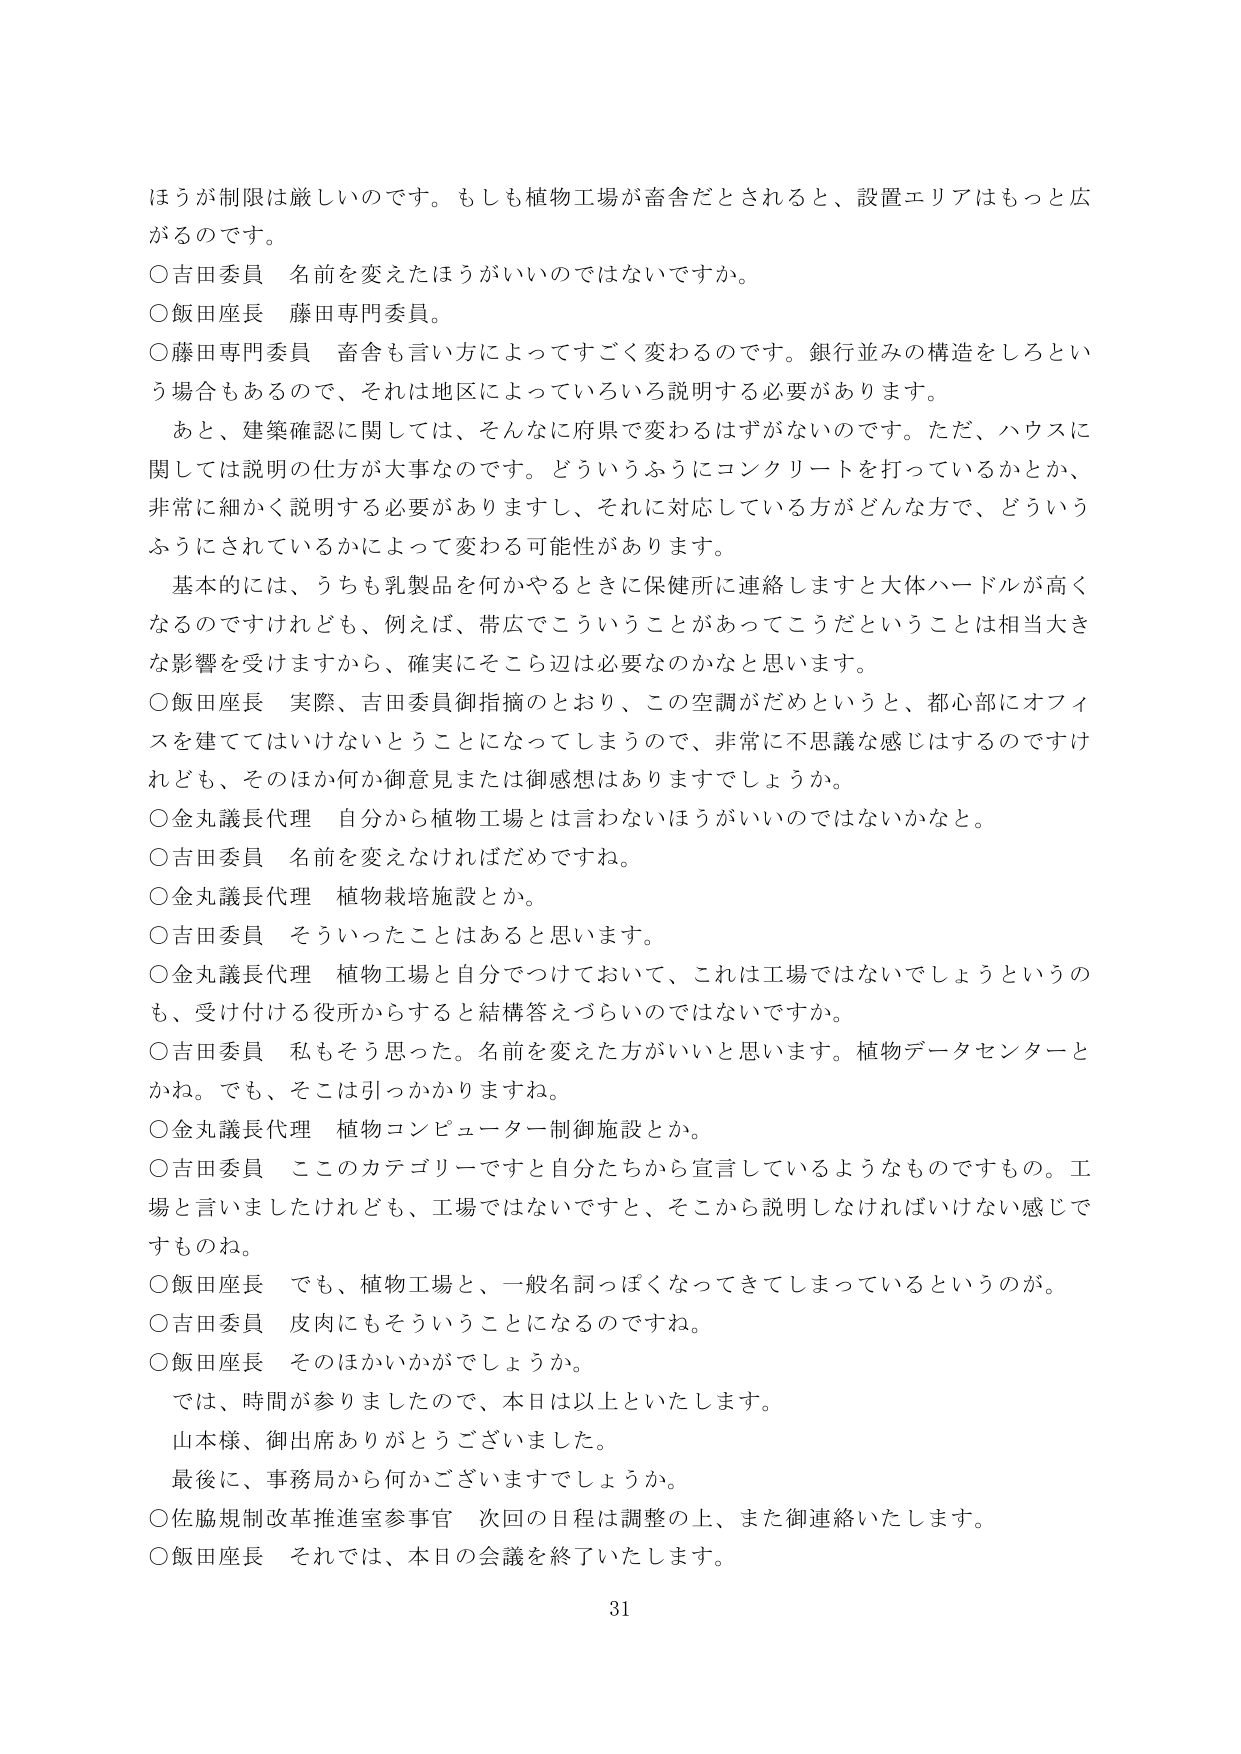
ほうが制限は厳しいのです。もしも植物工場が畜舎だとされると、設置エリアはもっと広がるのです。

○吉田委員 名前を変えたほうがいいのではないでしょうか。

○飯田座長 藤田専門委員。

○藤田専門委員 畜舎も言い方によってすごく変わるのです。銀行並みの構造をしろという場合もあるので、それは地区によっていろいろ説明する必要があります。

あと、建築確認に関しては、そんなに府県で変わるはずがないのです。ただ、ハウスに関しては説明の仕方が大事なのです。どういうふうにコンクリートを打っているかとか、非常に細かく説明する必要がありますし、それに対応している方がどんな方で、どういうふうにされているかによって変わる可能性があります。

基本的には、うちも乳製品を何かやるときに保健所に連絡しますと大体ハードルが高くなるのですけれども、例えば、帯広でこういうことがあってこうだということは相当大きな影響を受けますから、確実にそこら辺は必要なのかなと思います。

○飯田座長 実際、吉田委員御指摘のとおり、この空調がだめというと、都心部にオフィスを建ててはいけないということになってしまうので、非常に不思議な感じはするのですけれども、そのほか何か御意見または御感想はありますでしょうか。

○金丸議長代理 自分から植物工場とは言わないほうがいいのではないでしょうか。

○吉田委員 名前を変えなければだめですね。

○金丸議長代理 植物栽培施設とか。

○吉田委員 そういったことはあると思います。

○金丸議長代理 植物工場と自分でつけておいて、これは工場ではないでしょうというのも、受け付ける役所からすると結構答えづらいのではないでしょうか。

○吉田委員 私もそう思った。名前を変えた方がいいと思います。植物データセンターとかね。でも、そこは引っかかりますね。

○金丸議長代理 植物コンピューター制御施設とか。

○吉田委員 このカテゴリーですと自分たちから宣言しているようなものですもの。工場と言いましたけれども、工場ではないですと、そこから説明しなければいけない感じですものね。

○飯田座長 でも、植物工場と、一般名詞っぽくなってきてしまっているというのが。

○吉田委員 皮肉にもそういうことになるのですね。

○飯田座長 そのほかいかがでしょうか。

では、時間が参りましたので、本日は以上といたします。

山本様、御出席ありがとうございました。

最後に、事務局から何かございますでしょうか。

○佐脇規制改革推進室参事官 次回の日程は調整の上、また御連絡いたします。

○飯田座長 それでは、本日の会議を終了いたします。

31